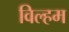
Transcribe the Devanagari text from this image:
विल्हम